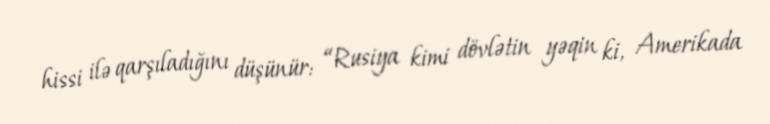
hissi ilə qarşıladığını düşünür: “Rusiya kimi dövlətin yəqin ki, Amerikada